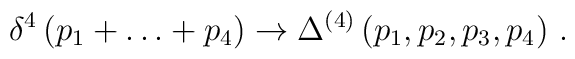
\delta^{4}\left( p_{1} + \ldots  + p_{4}\right)  \to\Delta^{(4)}\left(p_{1}, p_{2},p_{3},p_{4}\right)\, .